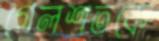
গেলশতকে